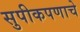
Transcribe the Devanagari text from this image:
सुपीकपणाचे